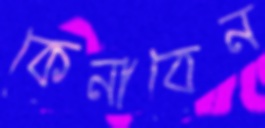
কেনাবেন